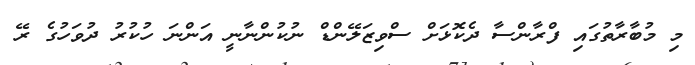
މި މުބާރާތުގައި ފްރާންސާ ދެކޮޅަށް ސްވިޒަލޭންޑް ނުކުންނާނީ އަންނަ ހުކުރު ދުވަހުގެ ރޭ